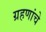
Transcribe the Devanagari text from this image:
ग्रहणांचे